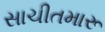
સાચીતમારૂ